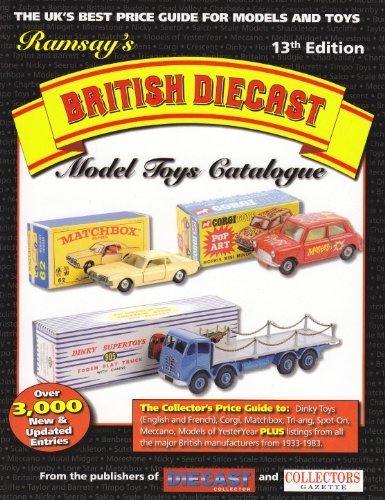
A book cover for Ramsay's British Diecast Model Toys Catalogue (13th Edt) by unknown (2009) Paperback; Crafts, Hobbies & Home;